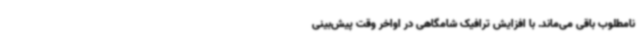
نامطلوب باقی می‌ماند. با افزایش ترافیک شامگاهی در اواخر وقت پیش‌بینی